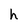
Character: h